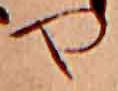
や